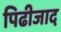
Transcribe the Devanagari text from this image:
पिढीजाद